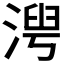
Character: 𬈍